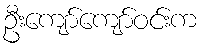
ဦးကျော်ကျော်ဝင်းက